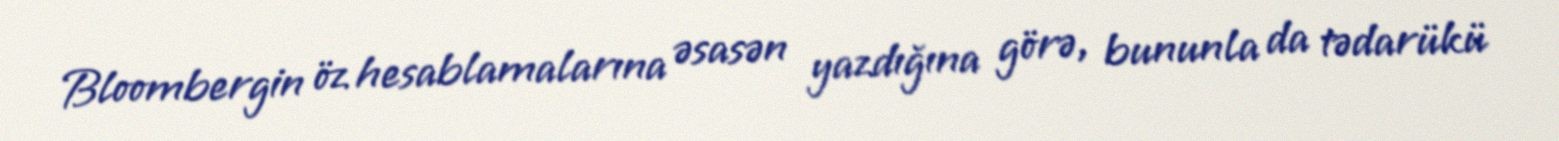
Bloombergin öz hesablamalarına əsasən yazdığına görə, bununla da tədarükü